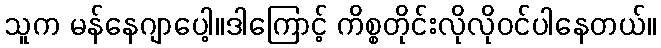
သူက မန်နေဂျာပေါ့။ဒါကြောင့် ကိစ္စတိုင်းလိုလိုဝင်ပါနေတယ်။